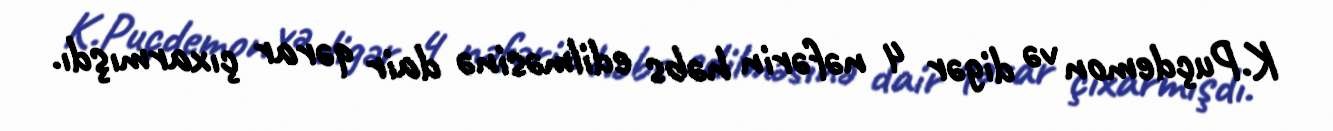
K.Puçdemon və digər 4 nəfərin həbs edilməsinə dair qərar çıxarmışdı.